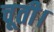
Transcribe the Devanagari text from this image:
चूती।